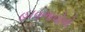
હાવભાવોનો